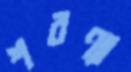
শরণ্যা